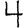
Digit: 4